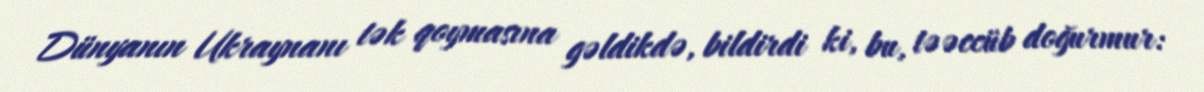
Dünyanın Ukraynanı tək qoymasına gəldikdə, bildirdi ki, bu, təəccüb doğurmur: